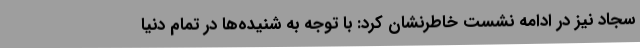
سجاد نیز در ادامه نشست خاطرنشان کرد: با توجه به شنیده‌ها در تمام دنیا